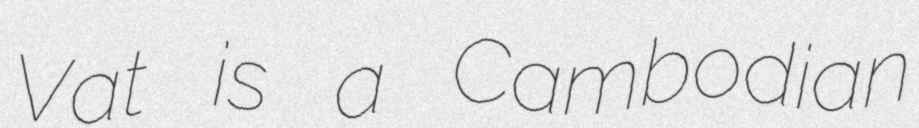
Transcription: Vat is a Cambodian